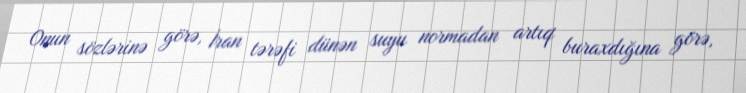
Onun sözlərinə görə, İran tərəfi dünən suyu normadan artıq buraxdığına görə,